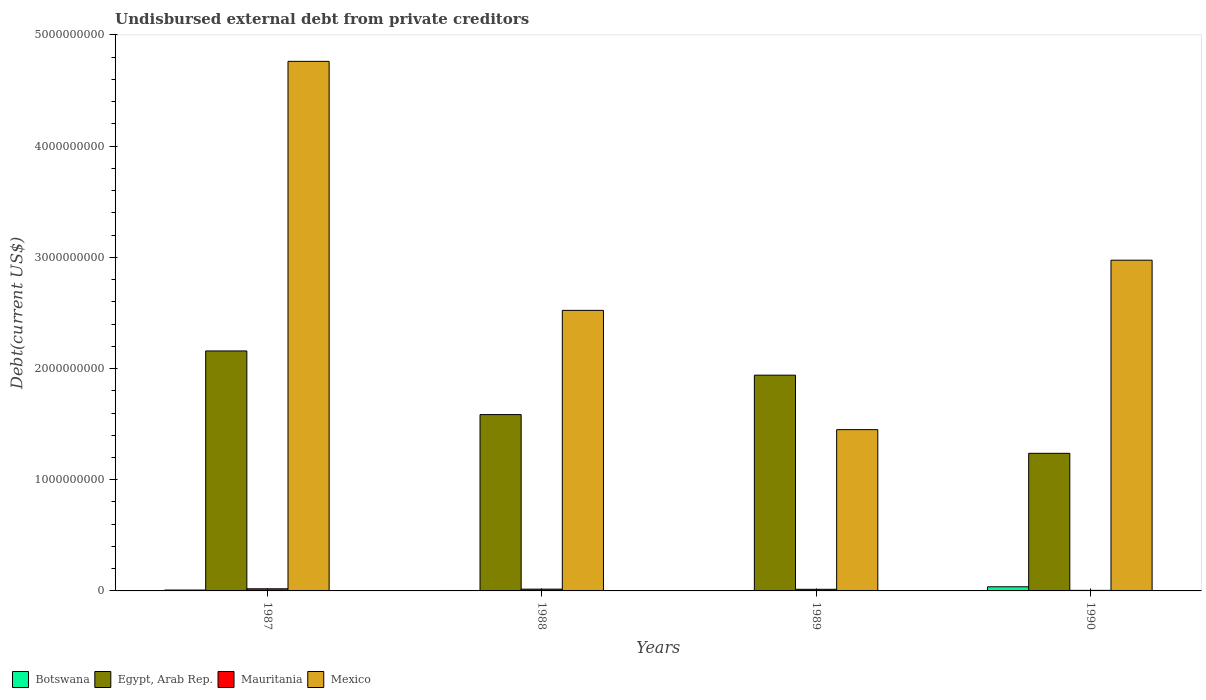
| Years | Botswana | Egypt, Arab Rep. | Mauritania | Mexico |
 | --- | --- | --- | --- | --- |
 | 1987 | 7.99e+06 | 2.16e+09 | 1.92e+07 | 4.76e+09 |
 | 1988 | 3.9e+06 | 1.59e+09 | 1.59e+07 | 2.52e+09 |
 | 1989 | 3.28e+06 | 1.94e+09 | 1.46e+07 | 1.45e+09 |
 | 1990 | 3.72e+07 | 1.24e+09 | 4.95e+06 | 2.97e+09 |